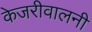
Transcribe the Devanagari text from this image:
केजरीवालनी